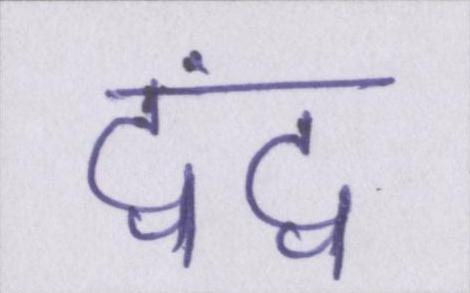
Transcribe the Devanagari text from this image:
द्वंद्व